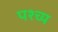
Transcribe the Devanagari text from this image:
पश्च्य